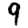
Digit: 9